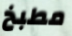
مطبخ